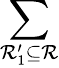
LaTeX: \sum_{\mathcal{R}_{1}^{\prime}\subseteq\mathcal{R}}